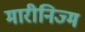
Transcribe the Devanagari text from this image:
मारीनिज्म